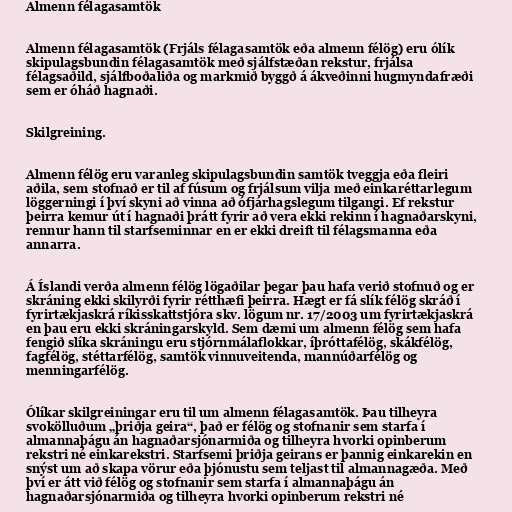
Almenn félagasamtök

Almenn félagasamtök (Frjáls félagasamtök eða almenn félög) eru ólík
skipulagsbundin félagasamtök með sjálfstæðan rekstur, frjálsa
félagsaðild, sjálfboðaliða og markmið byggð á ákveðinni hugmyndafræði
sem er óháð hagnaði.

Skilgreining.

Almenn félög eru varanleg skipulagsbundin samtök tveggja eða fleiri
aðila, sem stofnað er til af fúsum og frjálsum vilja með einkaréttarlegum
löggerningi í því skyni að vinna að ófjárhagslegum tilgangi. Ef rekstur
þeirra kemur út í hagnaði þrátt fyrir að vera ekki rekinn í hagnaðarskyni,
rennur hann til starfseminnar en er ekki dreift til félagsmanna eða
annarra.

Á Íslandi verða almenn félög lögaðilar þegar þau hafa verið stofnuð og er
skráning ekki skilyrði fyrir rétthæfi þeirra. Hægt er fá slík félög skráð í
fyrirtækjaskrá ríkisskattstjóra skv. lögum nr. 17/2003 um fyrirtækjaskrá
en þau eru ekki skráningarskyld. Sem dæmi um almenn félög sem hafa
fengið slíka skráningu eru stjórnmálaflokkar, íþróttafélög, skákfélög,
fagfélög, stéttarfélög, samtök vinnuveitenda, mannúðarfélög og
menningarfélög.

Ólíkar skilgreiningar eru til um almenn félagasamtök. Þau tilheyra
svokölluðum „þriðja geira“, það er félög og stofnanir sem starfa í
almannaþágu án hagnaðarsjónarmiða og tilheyra hvorki opinberum
rekstri né einkarekstri. Starfsemi þriðja geirans er þannig einkarekin en
snýst um að skapa vörur eða þjónustu sem teljast til almannagæða. Með
því er átt við félög og stofnanir sem starfa í almannaþágu án
hagnaðarsjónarmiða og tilheyra hvorki opinberum rekstri né